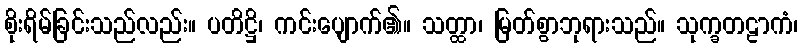
စိုးရိမ်ခြင်းသည်လည်း။ ပတိဋ္ဌိ၊ ကင်းပျောက်၏။ သတ္ထာ၊ မြတ်စွာဘုရားသည်။ သုက္ခတဠာကံ၊